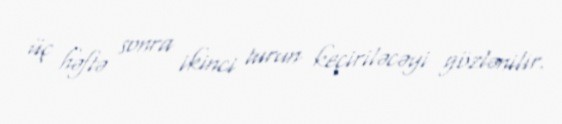
üç həftə sonra ikinci turun keçiriləcəyi gözlənilir.